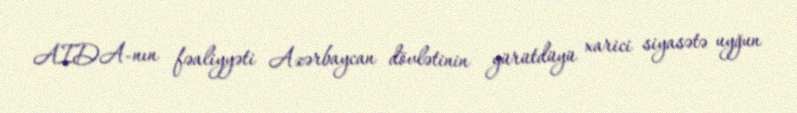
AIDA-nın fəaliyyəti Azərbaycan dövlətinin yürütdüyü xarici siyasətə uyğun